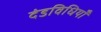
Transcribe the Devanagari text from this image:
दंडविधियाँ